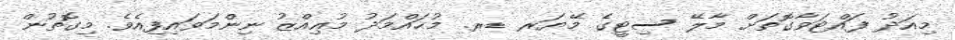
މިއަދު ފައްޓަވާގޮތަށް މާލޭ ސިޓީގެ މޭޔަރ ޑރ. މުޙައްމަދު މުޢިއްޒު ނިންމަވައިފިއެވެ. މިގޮތުން